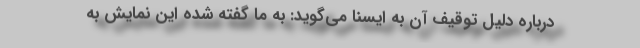
درباره دلیل توقیف آن به ایسنا می‌گوید: به ما گفته شده این نمایش به